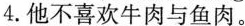
4.他不喜欢牛肉与鱼肉。